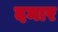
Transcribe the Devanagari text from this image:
दमार